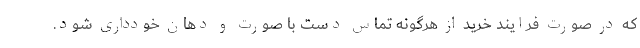
که در صورت فرایند خرید از هرگونه تماس دست با صورت و دهان خودداری شود.